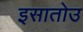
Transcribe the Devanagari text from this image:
इसातोउ